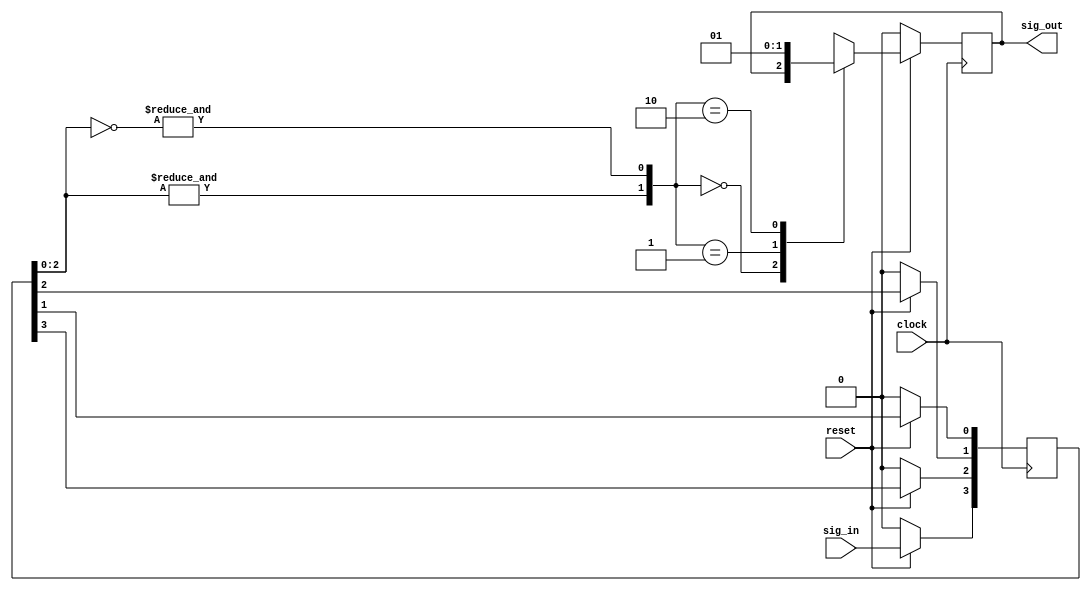

`timescale 10 ns / 1 ns

module filter(output reg sig_out, input clock, reset, sig_in);

reg [0:3] q;
wire j, k;

assign j = &q[1:3];
assign k = &(~q[1:3]);

always @(posedge clock)
 begin
	if (!reset)
		q <= 4'b0;
	else begin
		q[0] <= sig_in;
		q[1] <= q[0];
		q[2] <= q[1];
		q[3] <= q[2];
	end
end

always @(posedge clock) 
begin
	if (!reset) begin
		sig_out <= 1'b0;
	end else begin
		case ({j, k})
			2'b00: sig_out <= sig_out;
			2'b01: sig_out <= 1'b0;
			2'b10: sig_out <= 1'b1;
			default: sig_out <= 2'bxx;
		endcase
	end
end

endmodule